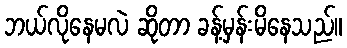
ဘယ်လိုနေမလဲ ဆိုတာ ခန့်မှန်းမိနေသည်။